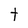
Character: t